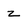
Character: z